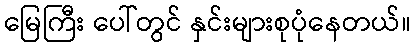
မြေကြီး ပေါ်တွင် နှင်းများစုပုံနေတယ်။